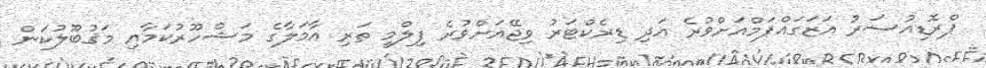
ޕްރޮޑިއުސަރު އަޒަގައްޕަމްއަށްވުރެ އަދި ޑިރެކްޓަރު ވިޖޭއަށްވުރެ ފިލްމީ ތަރި އާމަލާގެ މަޝްހޫރުކަމާއި މަޤުބޫލުކަން